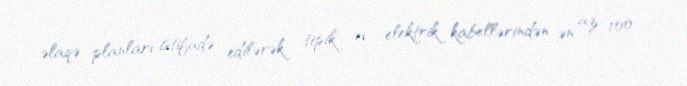
əlaqə planları istifadə edilərək tipik ev elektrik kabellərindən ən az 100